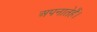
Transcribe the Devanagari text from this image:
अपनातेहैं।